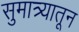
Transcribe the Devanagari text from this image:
सुमात्र्यातून